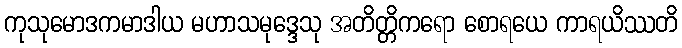
ကုသုမောဒကမာဒါယ မဟာသမုဒ္ဒေသု အတိတ္တိကရော စောရယေ ကာရယိဿတိ